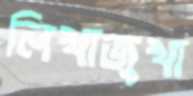
লিখাজুখা